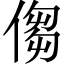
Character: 㑳